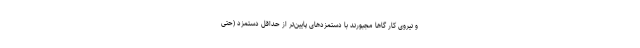
و نیروی کار گاهاً مجبورند با دستمزدهای پایین‌تر از حداقل دستمزد (حتی